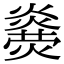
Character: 𤑋